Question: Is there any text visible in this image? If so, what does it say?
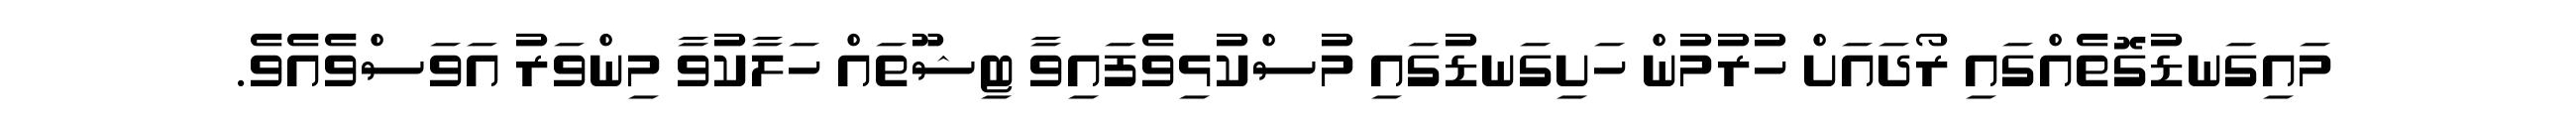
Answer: މައިގަނޑުގޮތެއްގައި ރޯދައަށް ހުރުމުން ހަށިގަނޑުގައި މުސްކުޅިވެފައިވާ ޓިޝޫތައް ހަލާކުވާ މިންވަރު އަވަސްވެއެވެ.